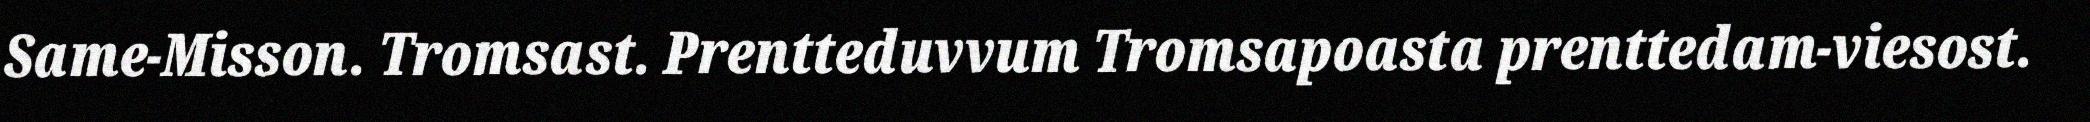
Same-Misson. Tromsast. Prentteduvvum Tromsapoasta prenttedam-viesost.